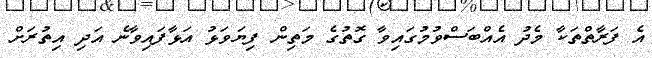
އެ ފަރާތްތަކާ މެދު އެއްބަސްވުމުގައިވާ ގޮތުގެ މަތިން ފިޔަވަޅު އަޅާފައިވާނެ އަދި އިތުރަށް